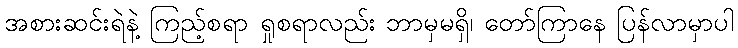
အစားဆင်းရဲနဲ့ ကြည့်စရာ ရှုစရာလည်း ဘာမှမရှိ၊ တော်ကြာနေ ပြန်လာမှာပါ